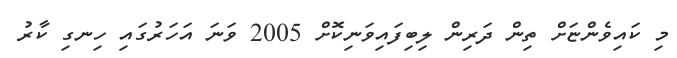
މި ކައިވެންޏަށް ތިން ދަރިން ލިބިފައިވަނިކޮށް 2005 ވަނަ އަހަރުގައި ހިނގި ކާރު